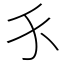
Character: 𬌩